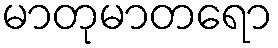
မာတုမာတရော